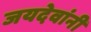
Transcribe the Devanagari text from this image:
जयदेवांनी